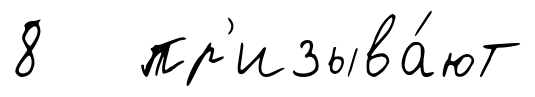
8 пр'изыва́ют